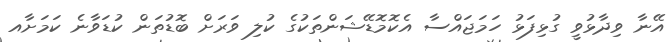
އޭނާ ވިދާޅުވީ ގުޅިފަޅު ހަމަޖައްސާ އެކޮމޮޑޭޝަންތަކުގެ ކުލި ވަރަށް ބޮޑުތަން ކުޑަވާނެ ކަމަށާއ